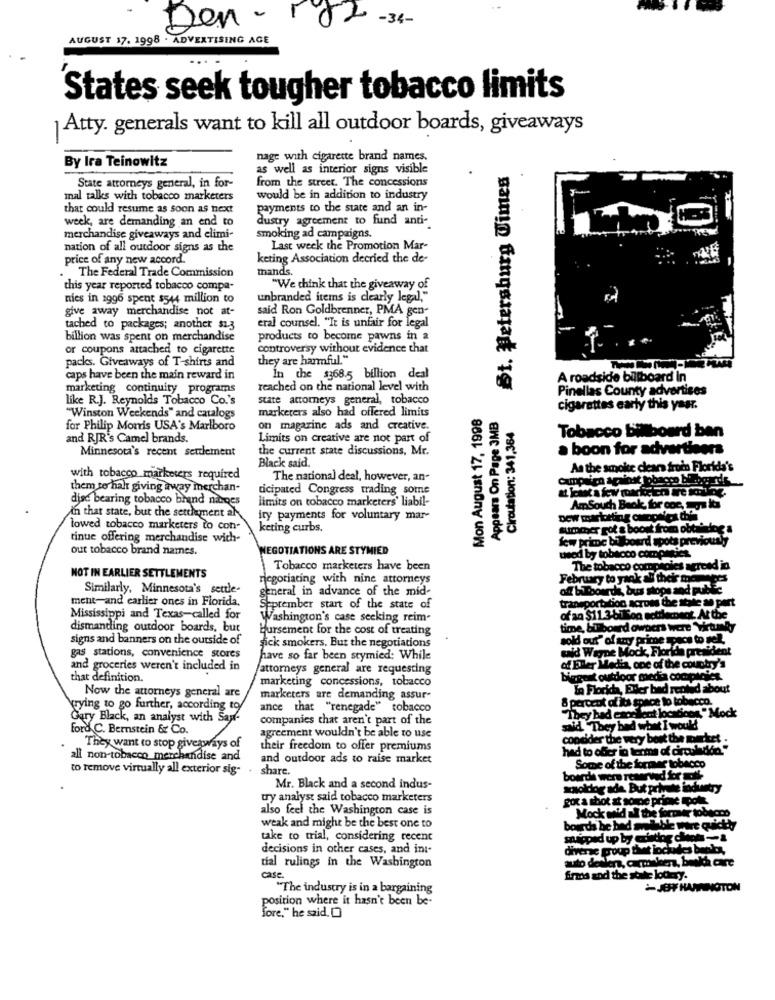
Den - 182 -34-
AUGUST 17. 1998 . ADVERTISING AGE
States seek tougher tobacco limits
Atty. generals want to kill all outdoor boards, giveaways
nage with cigarette brand names.
By Ira Teinowitz
as well as interior signs visible
St. Petersburg Times
from the street. The concessions
State attorneys general, in for-
mal talks with tobacco marketers
would be in addition to industry
that could resume as soon as next
payments to the state and an in-
week, are demanding an end to
dustry agreement to fund anti-
merchandise giveaways and elimi-
smoking ad campaigns.
nation of all outdoor signs as the
Last week the Promotion Mar-
price of any new accord.
keting Association decried the de-
mands.
.The Federal Trade Commission
this year reported tobacco compa-
"We think that the giveaway of
nies in 1996 spent $544 million to
unbranded items is clearly legal,"
give away merchandise not at-
said Ron Goldbrenner, PMA gen-
eral counsel. "It is unfair for legal
tached to packages; another $1.3
billion was spent on merchandise
products to become pawns in a
or coupons attached to cigarette
controversy without evidence that
packs. Giveaways of T-shirts and
they are harmful."
caps have been the main reward in
In the $368.5 billion deal
A roadside billboard In
marketing continuity programs
reached on the national level with
Pinellas County advertises
like R.J. Reynolds Tobacco Co.'s
state attorneys general, tobacco
marketers also had offered limits
Mon August 17, 1998
Appears On Page 3MB
Circulation: 341,364
cigarettes early this yaar.
"Winston Weekends" and catalogs
for Philip Morris USA's Marlboro
on magarine ads and creative.
Tobacco billboard ben
and RJR's Camel brands.
Limits on creative are not part of
Minnesota's recent settlement
the current state discussions, Mr.
a boon for advertisers
Black said.
As the smoke clear fruin Florida's
with tobacco marketers required
The national deal, however, an-
them to halt giving away merchan-
dicipated Congress trading some
disc bearing tobacco brand narges
limits on tobacco marketers' liabil-
An that state, but the settlement ah
South Book for con, ys k
ity payments for voluntary mar-
Dew marketing carconfes dos
lowed tobacco marketers to con-
keting curbs.
cot & boont from obtaining a
tinue offering merchandise wich-
summer rofe pos
few prime bilboard spots previously
out tobacco brand names.
NEGOTIATIONS ARE STYMIED
used by tobacco compiticz
Tobacco marketers have been
The tobacco compholes agreed in
NOT IN EARLIER SETTLEMENTS
negotiating with nine attorneys
February to yank ai their me
Similarly, Minnesota's settle-
general in advance of the mid-
off bThourde, bus stops and public
ment-and earlier ones in Florida.
Seprember start of the state of
transportation across the state ap pert
Mississippi and Texas-called for
Washington's case seeking reim-
of an $11.3-bt Son sctilement. At the
dismantling outdoor boards, but
bursement for the cost of treating
time, bilboard owners were Wirtuky
signs and banners on the outside of
fick smokers. But the negotiations
sold out" of any prime space to pel.
wald Wayne Mock, Florida preti
gas stations, convenience stores
have so far been stymied: While
and groceries weren't included in
attorneys general are requesting
one of the country's
that definition.
marketing concessions, tobacco
biggest outdoor media compioles.
Now the attorneys general are
La Florida, Eller bad rented
bout
marketers are demanding assur-
8 percent of its space to tobacco.
trying to go further, according to/
ance that "renegade" tobacco
8 percent of its space to tobacco.
"They had excelent locations"
Gary Black, an analyst with Sauf-
companies that aren't part of the
"They had excellent locations." Mock
ford C. Bernstein & Co.
said They had what I would
agreement wouldn't be able to use
consider the very best the neck
They want to stop giveaways of
their freedom to offer premiums
had to offer ia terme of circulado
all non-tobacco_merchandise and
and outdoor ads to raise market
to remove virtually all exterior sig-
share.
Some of the forest
bourde wor TE
Mr. Black and a second indus-
saoldog ade. But private industry
try analyst said tobacco marketers
got a shot at somde prime spole.
also feel the Washington case is
Mock wid all the former tobacco
weak and might be the best one to
boards be bad aretable were quickdyy
boards be bed
take to trial, considering recent
moped up by cciato
decisions in other cases, and in :-
diverse group that includes benlos,
auto dealer, carmakers, beekh care
tial rulings in the Washington
case
firmas and the state lodery.
`The industry is in a bargaining
JOTHAMINGTON
position where it hasn't been be-
fore," he said. 0)